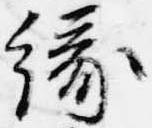
縁